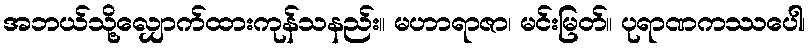
အဘယ်သို့လျှောက်ထားကုန်သနည်း။ မဟာရာဇာ၊ မင်းမြတ်။ ပုရာဏကဿပေါ၊